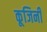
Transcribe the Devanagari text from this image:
कूजिनी